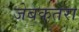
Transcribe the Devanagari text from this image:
जेबकतरा